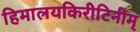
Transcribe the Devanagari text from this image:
हिमालयकिरीटिनीम्